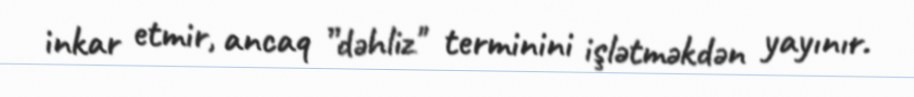
inkar etmir, ancaq ”dəhliz" terminini işlətməkdən yayınır.